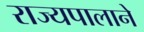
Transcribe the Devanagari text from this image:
राज्यपालाने